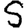
Digit: 5